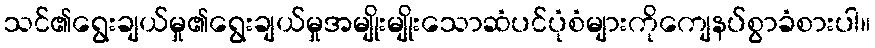
သင်၏ရွေးချယ်မှု၏ရွေးချယ်မှုအမျိုးမျိုးသောဆံပင်ပုံစံများကိုကျေနပ်စွာခံစားပါ။